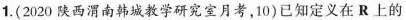
1.(2020陕西渭南韩城教学研究室月考，10)已知定义在R上的